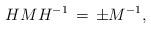
LaTeX: \begin{align*} H M H^{-1} \, = \, \pm M^{-1} ,\end{align*}